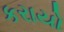
કરાયો